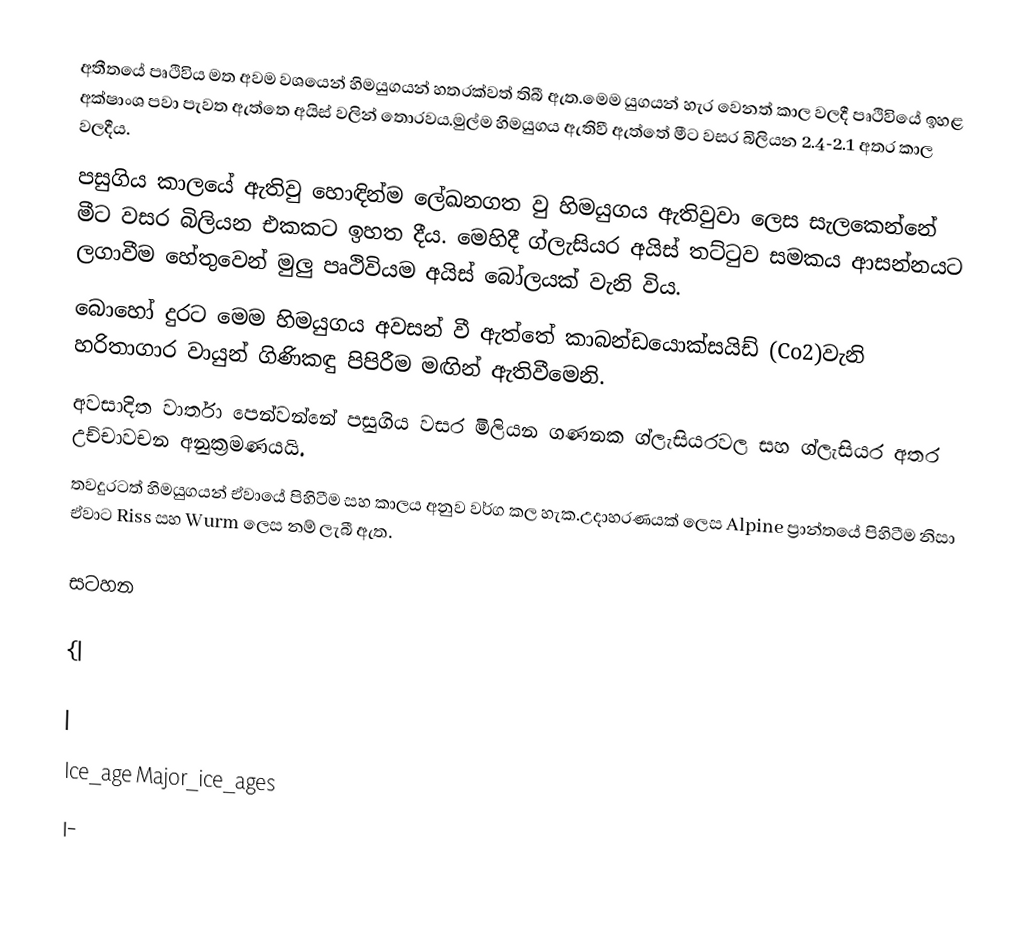
අතීතයේ පෘථිවිය මත අවම වශයෙන් හිමයුගයන් හතරක්වත් තිබී ඇත.මෙම යුගයන් හැර වෙනත් කාල වලදී පෘථිවියේ ඉහළ අක්ෂාංශ පවා පැවත ඇත්තෙ අයිස් වලින් තොරවය.මුල්ම හිමයුගය ඇතිවී ඇත්තේ මීට වසර බිලියන 2.4-2.1 අතර කාල වලදීය.
පසුගිය කාලයේ ඇතිවු හොඳින්ම ලේඛනගත වු හිමයුගය ඇතිවුවා ලෙස සැලකෙන්නේ මීට වසර බිලියන එකකට ඉහත දීය. මෙහිදී ග්ලැසියර අයිස් තට්ටුව සමකය ආසන්නයට ලගාවීම හේතුවෙන් මුලු පෘථිවියම අයිස් බෝලයක් වැනි විය.
බොහෝ දුරට මෙම හිමයුගය අවසන් වී ඇත්තේ කාබන්ඩයොක්සයිඩ් (Co2)වැනි හරිතාගාර වායුන් ගිණිකඳු පිපිරීම මඟින් ඇතිවීමෙනි.
අවසාදිත වාර්තා පෙන්වන්නේ පසුගිය වසර මිලියන ගණනක ග්ලැසියරවල සහ ග්ලැසියර අතර උච්චාවචන අනුක්‍රමණයයි.
තවදුරටත් හිමයුගයන් ඒවායේ පිහිටීම සහ කාලය අනුව වර්ග කල හැක.උදාහරණයක් ලෙස  Alpine ප්‍රාන්තයේ පිහිටීම නිසා ඒවාට Riss සහ Wurm ලෙස නම් ලැබී ඇත.

සටහන

{|

|
Ice_age Major_ice_ages
|-